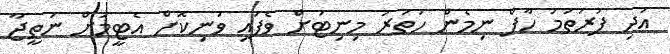
އަދި ފުރަތަމަ ހާފް ނިމެން ހަތަރު މިނިޓަށް ވެފައި ވަނިކޮށް އެޓީމަށް ނަތީޖާ